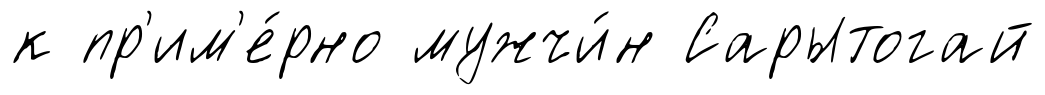
к пр'им'е́рно мужчи́н Сарытогай